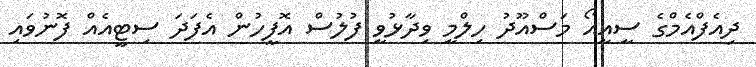
ދިއެފްއެމްގެ ސީއީއޯ މަސްއޫދު ހިލްމީ ވިދާޅުވީ ފުލުސް އޮފީހުން އެފަދަ ސިޓީއެއް ފޮނުވައި